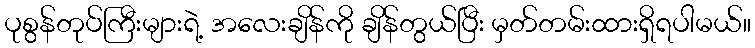
ပုစွန်တုပ်ကြီးများရဲ့ အလေးချိန်ကို ချိန်တွယ်ပြီး မှတ်တမ်းထားရှိရပါမယ်။